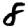
Digit: 8